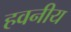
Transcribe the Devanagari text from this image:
हवनीय